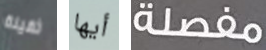
ثقيلة أيها مفصلة